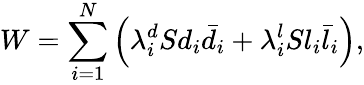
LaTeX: W=\sum_{i=1}^{N}\left(\lambda_{i}^{d}Sd_{i}\bar{d}_{i}+\lambda_{i}^{l}Sl_{i}\bar{l}_{i}\right),